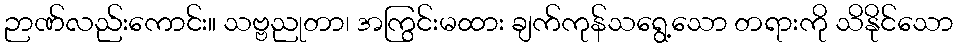
ဉာဏ်လည်းကောင်း။ သဗ္ဗညုတာ၊ အကြွင်းမထား ချက်ကုန်သရွေ့သော တရားကို သိနိုင်သော